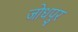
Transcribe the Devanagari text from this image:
जोधपु्र